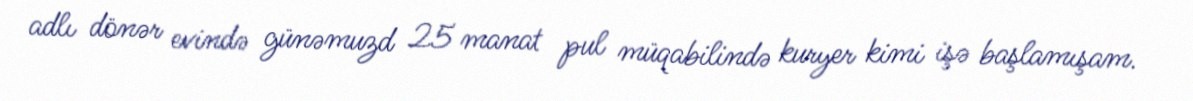
adlı dönər evində günəmuzd 25 manat pul müqabilində kuryer kimi işə başlamışam.